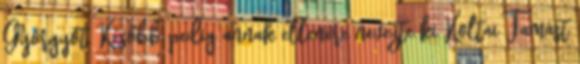
Györgyöt. Később pedig annak ellenére nevezte ki Koltai Tamást